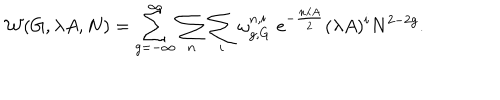
{ \cal W } ( G , \lambda A , N ) = \sum _ { g = - \infty } ^ { \infty } \sum _ { n } \sum _ { i } \omega _ { g , G } ^ { n , i } \; e ^ { - { \frac { n \lambda A } { 2 } } } ( \lambda A ) ^ { i } N ^ { 2 - 2 g } .